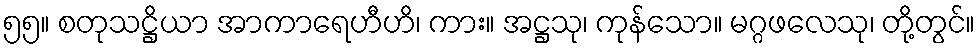
၅၅။ စတုသဋ္ဌိယာ အာကာရေဟီဟိ၊ ကား။ အဋ္ဌသု၊ ကုန်သော။ မဂ္ဂဖလေသု၊ တို့တွင်။